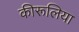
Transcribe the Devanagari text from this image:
कीरूलिया